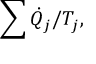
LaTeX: \sum { \dot { Q } } _ { j } / T _ { j } ,